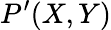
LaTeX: P^{\prime}(X,Y)